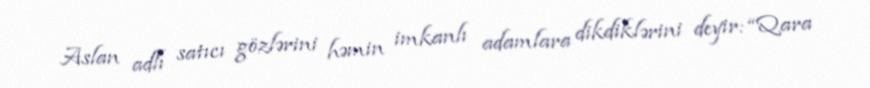
Aslan adlı satıcı gözlərini həmin imkanlı adamlara dikdiklərini deyir: “Qara